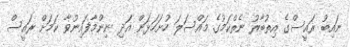
ނައިބު ރައީސްގެ އިތުބާރު ނެތްކަމުގެ މައްސަލަ ހުށަހަޅަން އަދި ނިންމާފައިނުވާ ކަމަށް ރައީސް